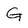
Character: G